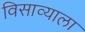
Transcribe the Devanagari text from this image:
विसाव्याला